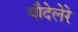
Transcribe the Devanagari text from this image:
बौदेलेरे